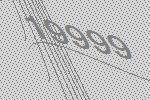
19999